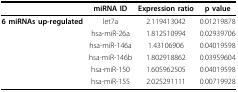
<table><thead><tr><td></td><td><b>miRNA ID</b></td><td><b>Expression ratio</b></td><td><b>p value</b></td></tr></thead><tbody><tr><td><b>6 miRNAs up-regulated</b></td><td>let7a</td><td>2.119413042</td><td>0.01219878</td></tr><tr><td></td><td>hsa-miR-26a</td><td>1.812510994</td><td>0.02939706</td></tr><tr><td></td><td>hsa-miR-146a</td><td>1.43106906</td><td>0.04019598</td></tr><tr><td></td><td>hsa-miR-146b</td><td>1.802918862</td><td>0.03959604</td></tr><tr><td></td><td>hsa-miR-150</td><td>1.605962505</td><td>0.04019598</td></tr><tr><td></td><td>hsa-miR-155</td><td>2.025291111</td><td>0.00719928</td></tr></tbody></table>